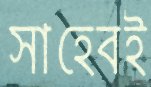
সাহেবই